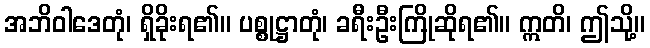
အဘိဝါဒေတုံ၊ ရှိခိုးရ၏။ ပစ္စုဋ္ဌာတုံ၊ ခရီးဦးကြိုဆိုရ၏။ ဣတိ၊ ဤသို့။